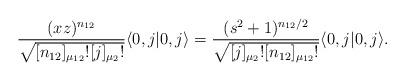
LaTeX: \begin{align*} \frac{(xz)^{n_{12}}}{\sqrt{[n_{12}]_{\mu_{12}}![j]_{\mu_2}!}} \langle0,j|0,j\rangle = \frac{(s^2 + 1)^{n_{12}/2}}{\sqrt{[j]_{\mu_2}! [n_{12}]_{\mu_{12}}!}}\langle0,j|0,j\rangle.\end{align*}